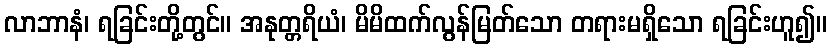
လာဘာနံ၊ ရခြင်းတို့တွင်။ အနုတ္တရိယံ၊ မိမိထက်လွန်မြတ်သော တရားမရှိသော ရခြင်းဟူ၍။